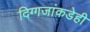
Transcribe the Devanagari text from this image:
दिग्गजांकडेही